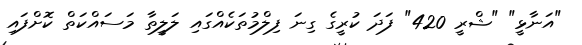
"އަނާޅީ" "ޝްރީ 420" ފަދަ ކުރީގެ ގިނަ ފިލްމުތަކެއްގައި ލަލީތާ މަސައްކަތް ކޮށްފައި